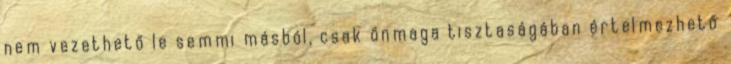
nem vezethető le semmi másból, csak önmaga tisztaságában értelmezhető